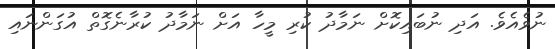
ނުވެއެވެ. އަދި ނުބައިކޮށް ނަމާދު ކުރި މީހާ އަށް ނަމާދު ކުރާނެގޮތް އުގަންނައި